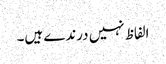
الفاظ نہیں درندے ہیں۔